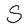
Character: S